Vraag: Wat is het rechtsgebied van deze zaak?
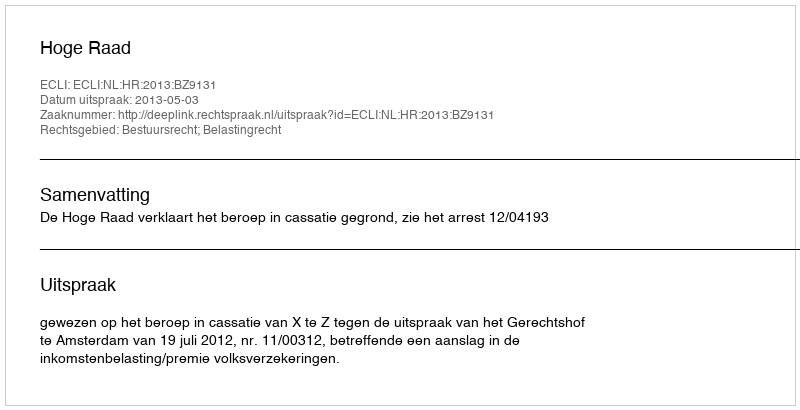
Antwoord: Bestuursrecht; Belastingrecht